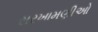
સરખામણીઓ